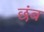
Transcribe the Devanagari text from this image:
छंब